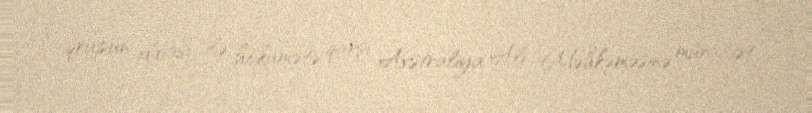
qrupun iddiası ilə hökumətə qarşı Avstraliya Ali Məhkəməsinə müraciət